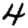
Digit: 4